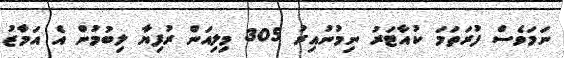
ނަމަވެސް ފުރަތަމަ ކުއާޓަރު ނިމުނުއިރު 305 މިލިއަން ރުފިޔާ ލިބުމުން އެ އަމާޒު